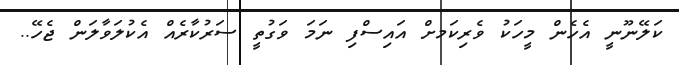
ކަލޭނޫނީ އެހެން މީހަކު ވެރިކަމށް އައިސްފި ނަމަ ވަގުތީ ސަރުކާރެއް އެކުލަވާލަން ޖެހޭ..